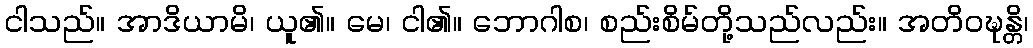
ငါသည်။ အာဒိယာမိ၊ ယူ၏။ မေ၊ ငါ၏။ ဘောဂါစ၊ စည်းစိမ်တို့သည်လည်း။ အတိဝဍ္ဎန္တိ၊